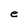
Character: e